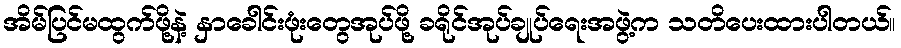
အိမ်ပြင်မထွက်ဖို့နဲ့ နှာခေါင်းဖုံးတွေအုပ်ဖို့ ခရိုင်အုပ်ချုပ်ရေးအဖွဲ့က သတိပေးထားပါတယ်။